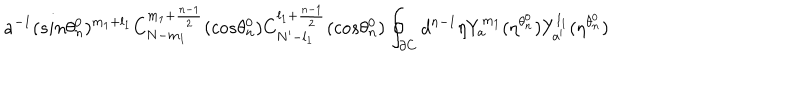
a ^ { - 1 } ( s i n { \theta _ { n } ^ { 0 } } ) ^ { m _ { 1 } + l _ { 1 } } C _ { N - m _ { 1 } } ^ { m _ { 1 } + \frac { n - 1 } { 2 } } ( c o s { \theta _ { n } ^ { 0 } } ) C _ { N ^ { \prime } - l _ { 1 } } ^ { l _ { 1 } + \frac { n - 1 } { 2 } } ( c o s { \theta _ { n } ^ { 0 } } ) \oint _ { \partial C } d ^ { n - 1 } { \eta } Y _ { a } ^ { m _ { 1 } } ( \eta ^ { \theta _ { n } ^ { 0 } } ) Y _ { a ^ { \prime } } ^ { l _ { 1 } } ( \eta ^ { \theta _ { n } ^ { 0 } } )